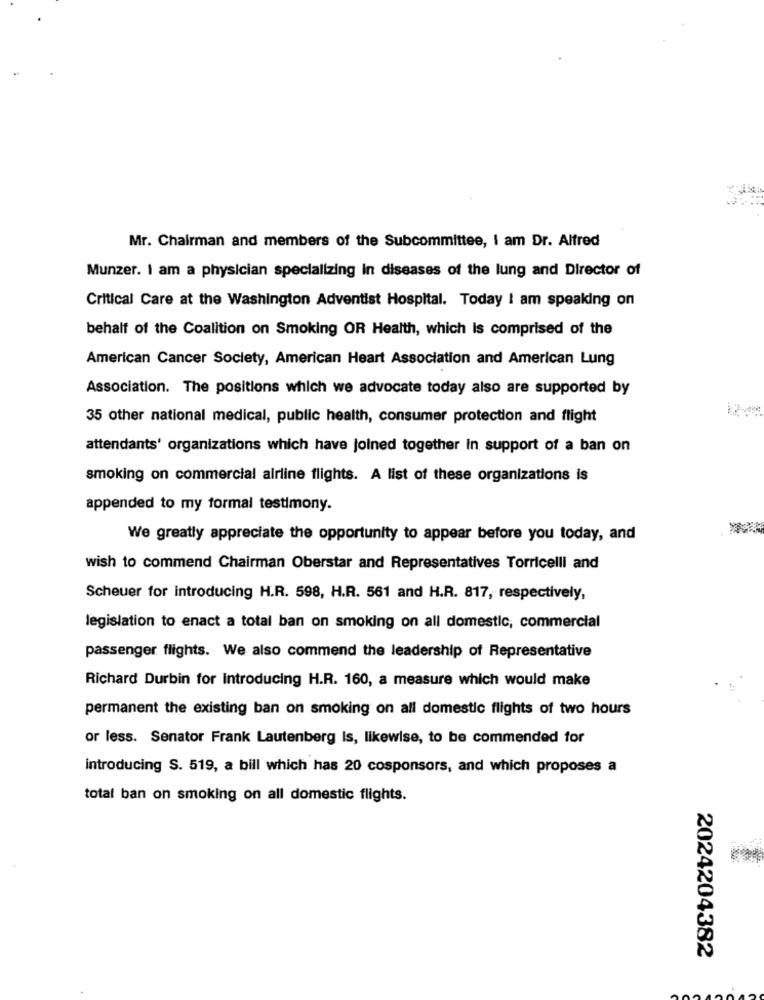
Mr. Chairman and members of the Subcommittee, I am Dr. Alfred
Munzer. I am a physician specializing in diseases of the lung and Director of
Critical Care at the Washington Adventist Hospital. Today I am speaking on
behalf of the Coalition on Smoking OR Health, which Is comprised of the
American Cancer Society, American Heart Association and American Lung
Association. The positions which we advocate today also are supported by
35 other national medical, public health, consumer protection and flight
attendants' organizations which have joined together in support of a ban on
smoking on commercial airline flights. A list of these organizations is
appended to my formal testimony.
We greatly appreciate the opportunity to appear before you today, and
wish to commend Chairman Oberstar and Representatives Torricelli and
Scheuer for introducing H.R. 598, H.R. 561 and H.R. 817, respectively,
legislation to enact a total ban on smoking on all domestic, commercial
passenger flights. We also commend the leadership of Representative
Richard Durbin for Introducing H.R. 160, a measure which would make
permanent the existing ban on smoking on all domestic flights of two hours
or less. Senator Frank Lautenberg Is, likewise, to be commended for
introducing S. 519, a bill which has 20 cosponsors, and which proposes a
total ban on smoking on all domestic flights.
2024204382